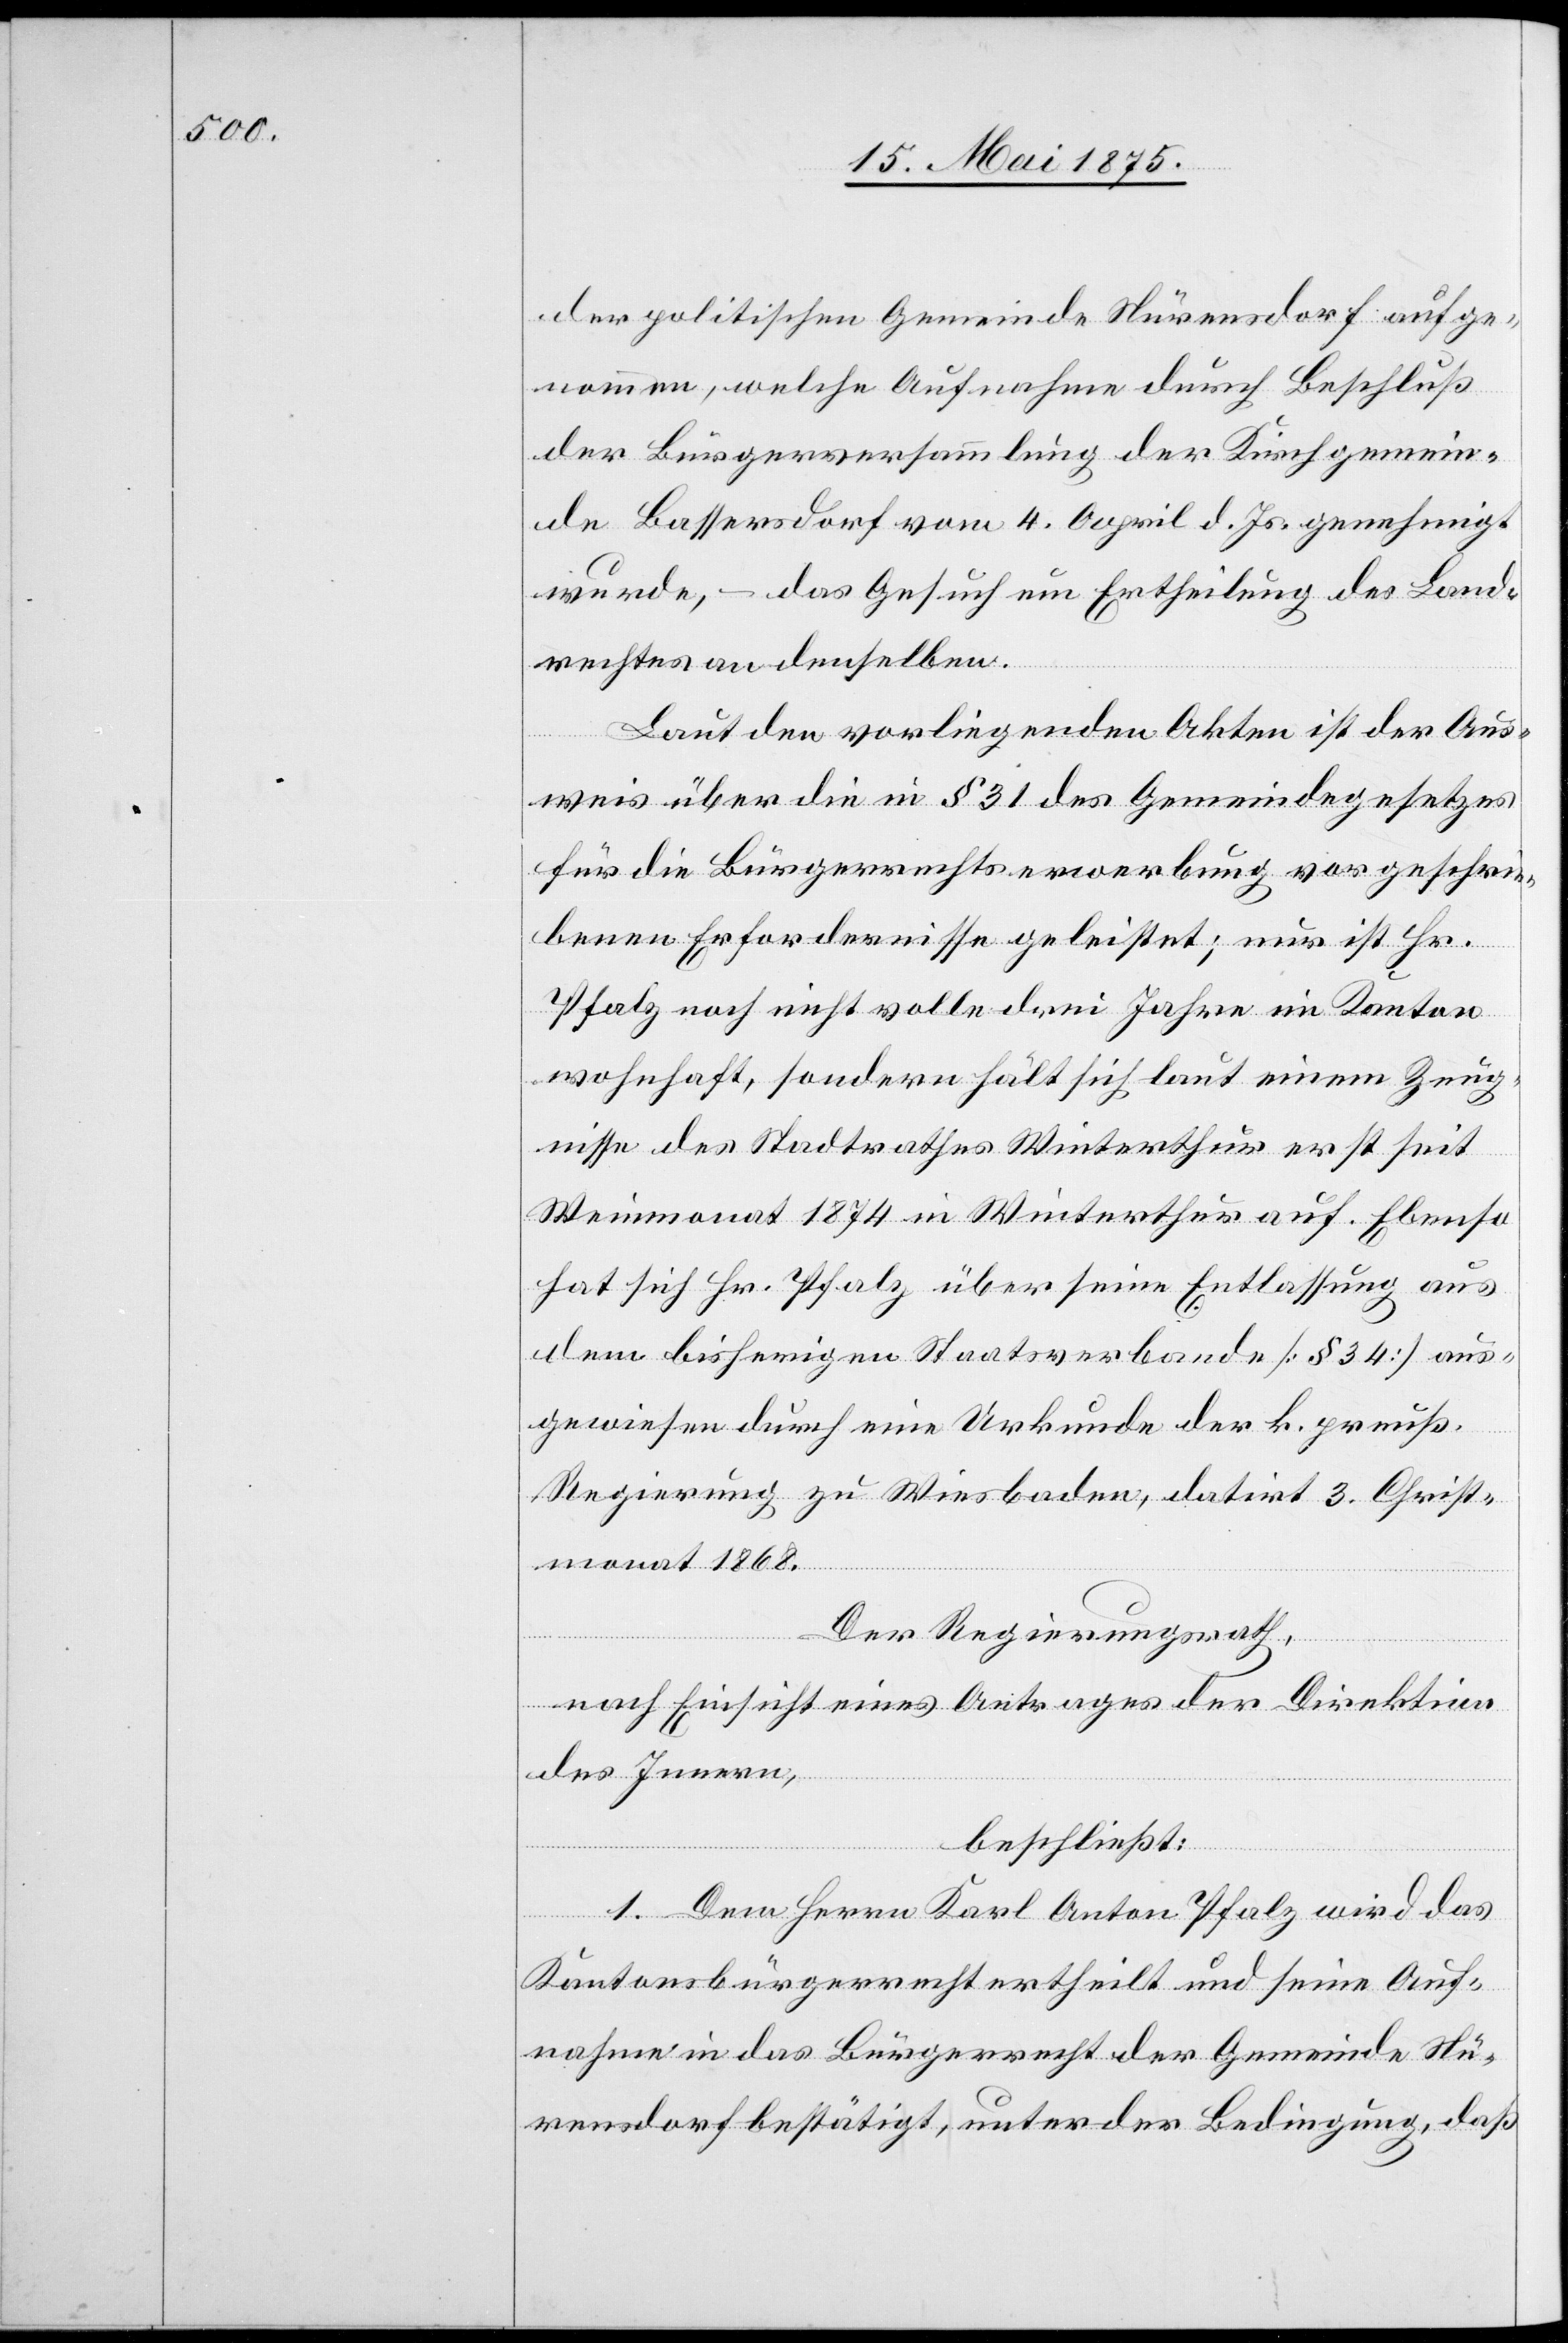
der politischen Gemeinde Nürensdorf aufge¬
nommen, welche Aufnahme durch Beschluß
der Bürgerversammlung der Kirchgemein¬
de Bassersdorf vom 4. April d.Js. genehmigt
wurde, – das Gesuch um Ertheilung des Land¬
rechtes an denselben.
Laut den vorliegenden Akten ist der Aus¬
weis über die in § 31 des Gemeindegesetzes
für die Bürgerrechtserwerbung vorgeschrie¬
bene Erfordernisse geleistet; nur ist Hr.
Pfalz noch nicht volle drei Jahre im Kanton
wohnhaft, sondern hält sich laut einem Zeug¬
nisse des Stadtrathes Winterthur erst seit
Weinmonat 1874 in Winterthur auf. Ebenso
hat sich Hr. Pfalz über seine Entlassung aus
dem bisherigen Staatsverbande [§ 34] aus¬
gewiesen durch eine Urkunde der k. preuß.
Regierung zu Wiesbaden, datirt 3. Christ¬
monat 1868.
Der Regierungsrath,
nach Einsicht eines Antrages der Direktion
des Innern,
beschließt:
1. Dem Herrn Karl Anton Pfalz wird das
Kantonsbürgerrecht ertheilt und seine Auf¬
nahme in das Bürgerrecht der Gemeinde Nü¬
rensdorf bestätigt, unter der Bedingung, daß